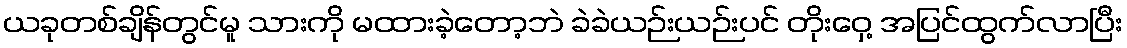
ယခုတစ်ချိန်တွင်မူ သားကို မထားခဲ့တော့ဘဲ ခဲခဲယဉ်းယဉ်းပင် တိုးဝှေ့ အပြင်ထွက်လာပြီး